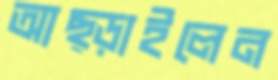
আছ্‌ড়াইলেন